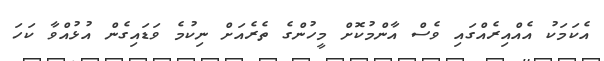
އެކަމަކު އެއްއިރެއްގައި ވެސް އާންމުކޮށް މީހުންގެ ތެރެއަށް ނިކުމެ ވަޑައިގެން އުޅުއްވާ ކަހަަ